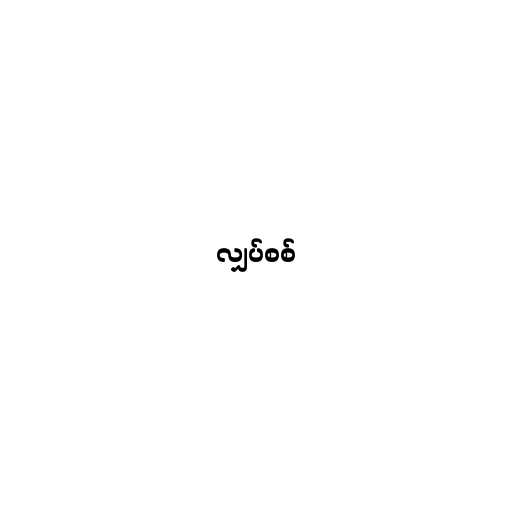
လျှပ်စစ်